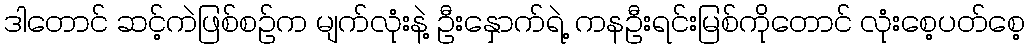
ဒါတောင် ဆင့်ကဲဖြစ်စဉ်က မျက်လုံးနဲ့ ဦးနှောက်ရဲ့ ကနဦးရင်းမြစ်ကိုတောင် လုံးစေ့ပတ်စေ့